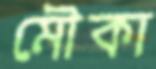
মৌকা